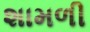
શામળી